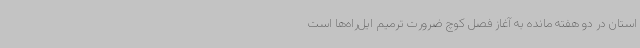
استان در دو هفته مانده به آغاز فصل کوچ ضرورت ترمیم ایل‌راه‌ها است